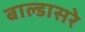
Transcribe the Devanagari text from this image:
बाल्डासरे